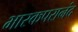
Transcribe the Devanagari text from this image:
भास्कपरानंद